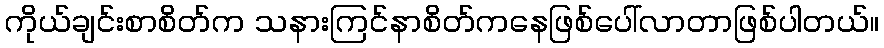
ကိုယ်ချင်းစာစိတ်က သနားကြင်နာစိတ်ကနေဖြစ်ပေါ်လာတာဖြစ်ပါတယ်။